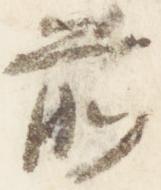
前